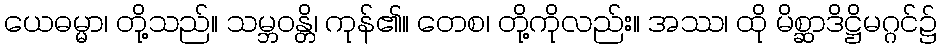
ယေဓမ္မာ၊ တို့သည်။ သမ္ဘဝန္တိ၊ ကုန်၏။ တေစ၊ တို့ကိုလည်း။ အဿ၊ ထို မိစ္ဆာဒိဋ္ဌိမဂ္ဂင်၌